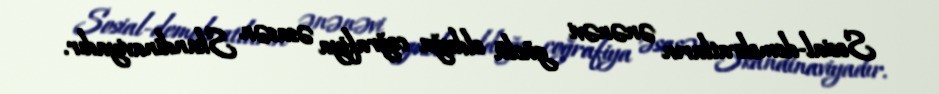
Sosial-demokratların ənənəvi güclü olduğu coğrafiya əsasən Skandinaviyadır.